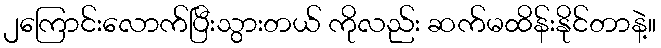
၂ကြောင်းလောက်ပြီးသွားတယ် ကိုလည်း ဆက်မထိန်းနိုင်တာနဲ့။